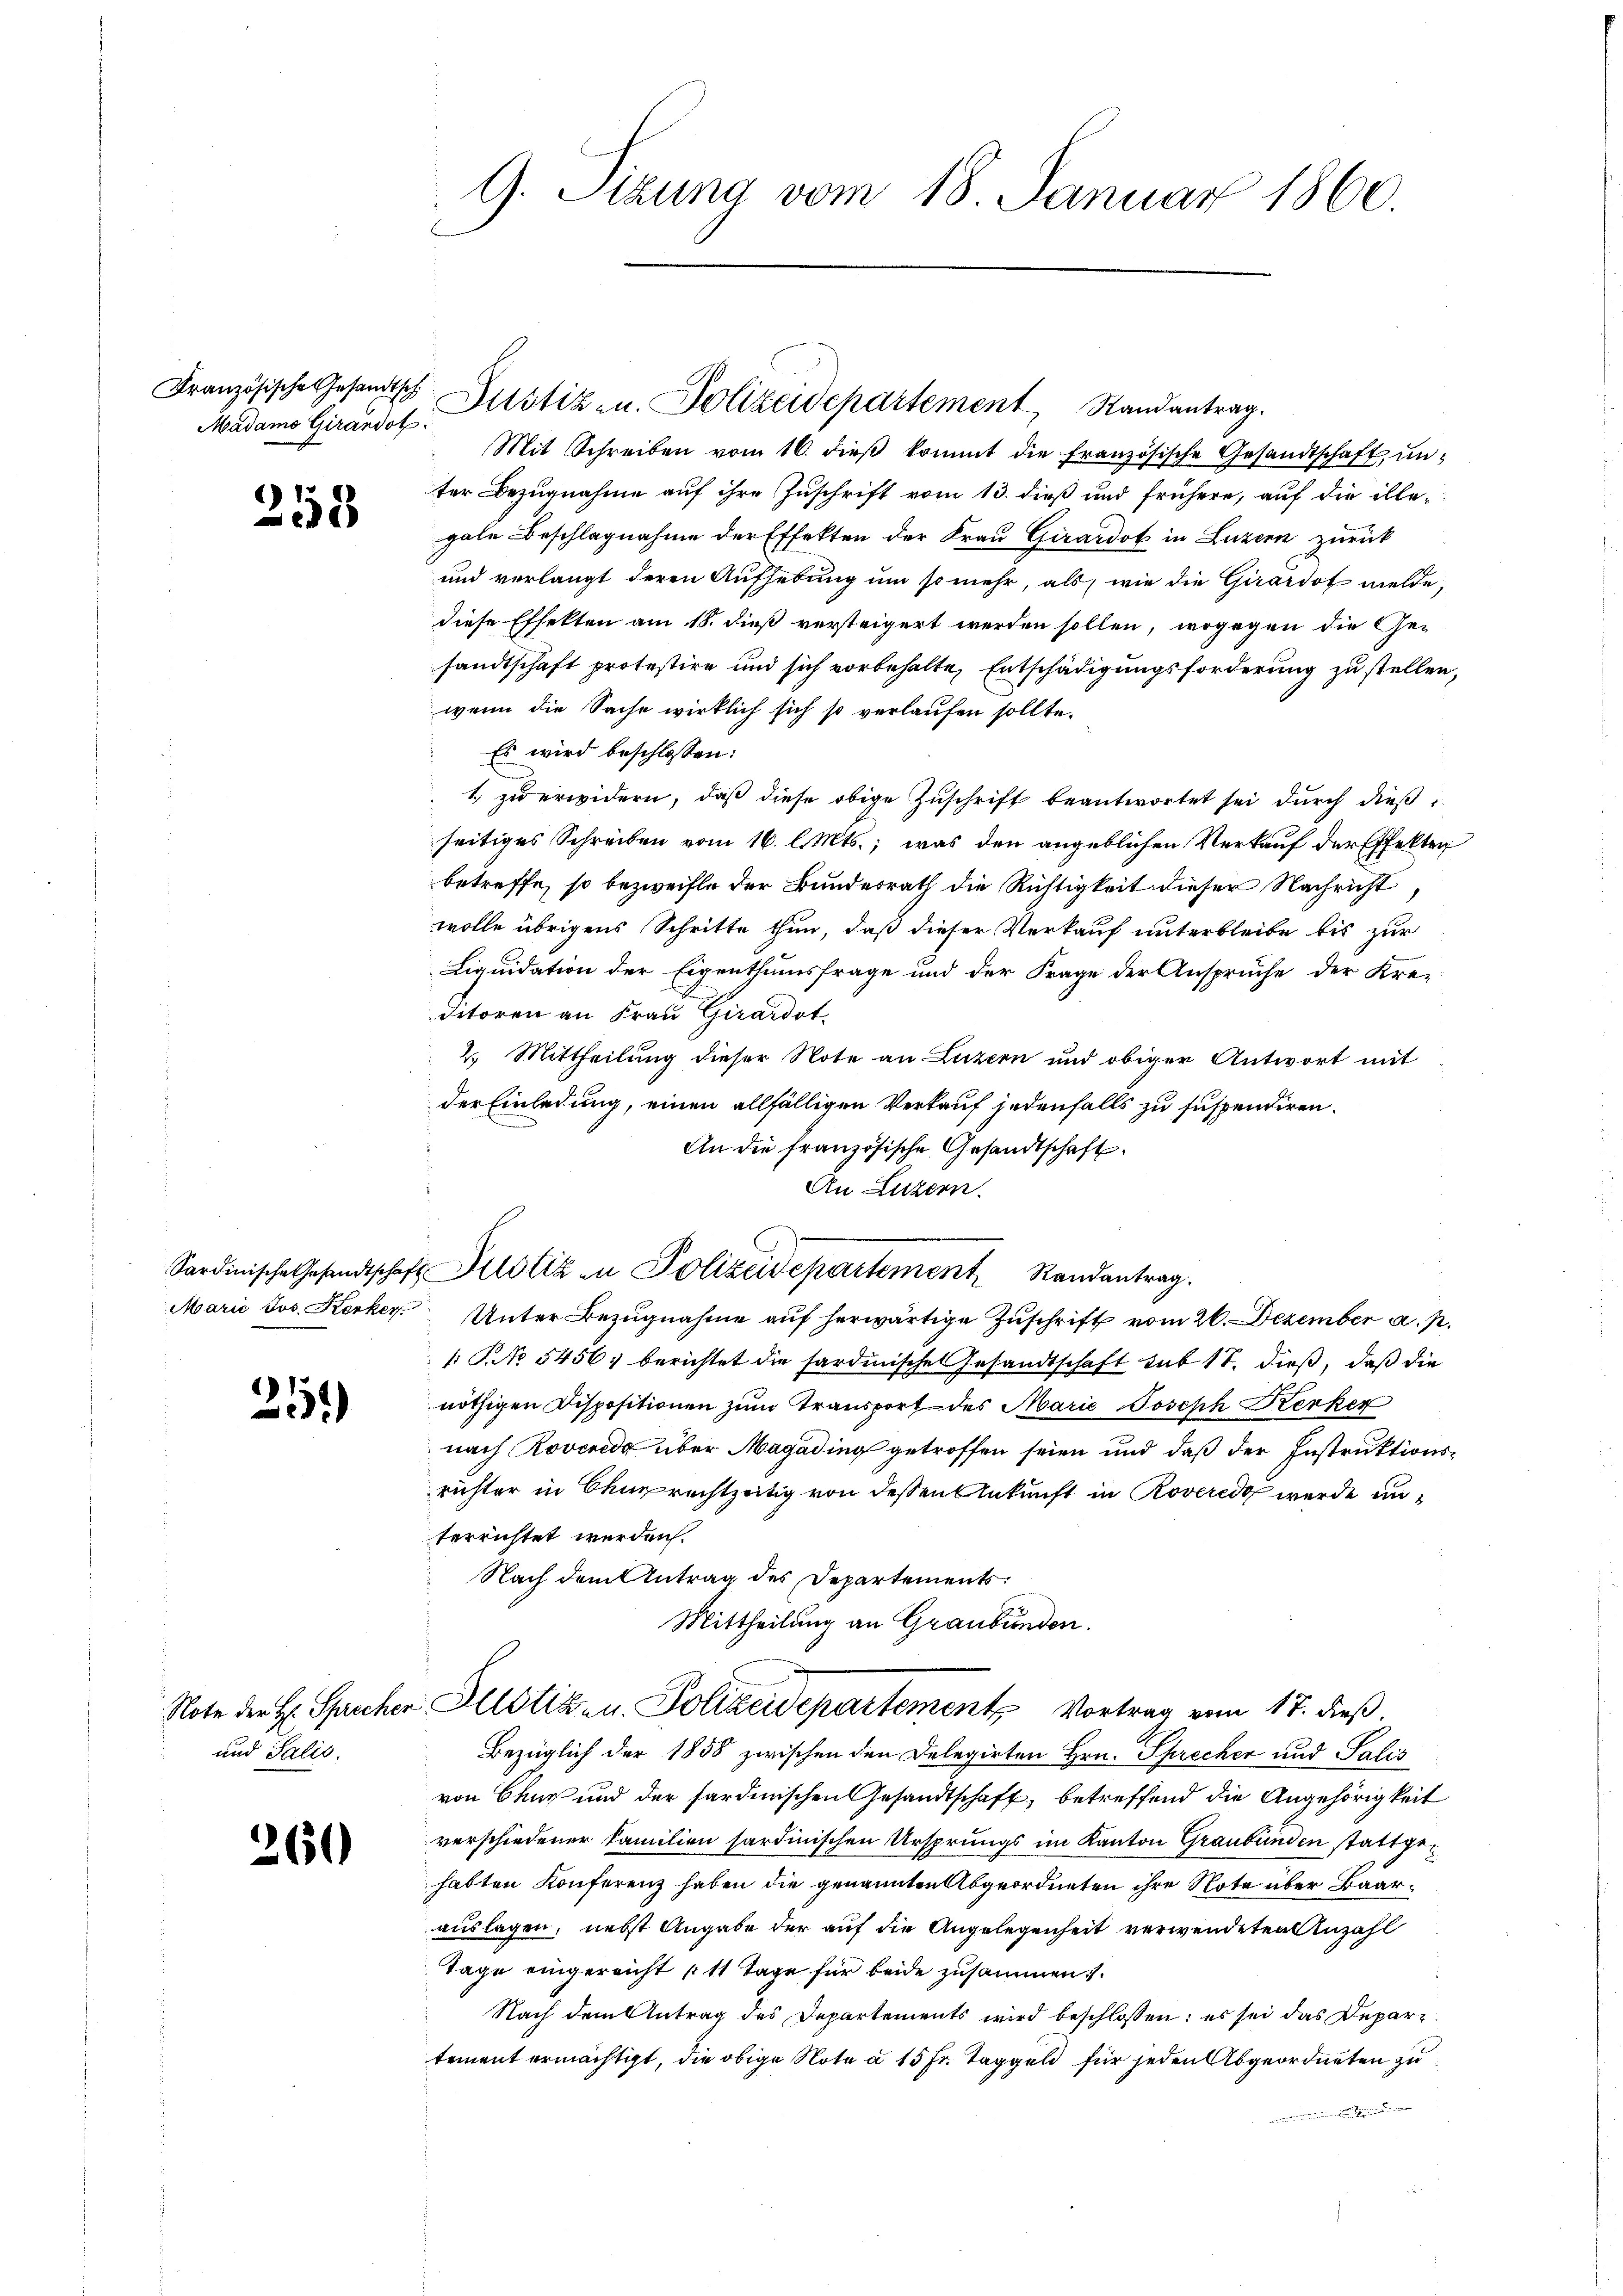
Französische Gesandtsch
Madamo Girandob

218

12
:

und Talić.

260

9. Sizung vom 18. Januar 1860.

Marie Jos. Kerker

Mit Schreiben vom 16. dieβ kommt die französische Gesandtschaft, unter Bezugnahme auf ihre Zuschrift vom 13. dieß und frühere, auf die illegale Beschlagnahme der Effekten der Frau Girardof in Luzern zurück
und verlangt deren Aufhebung um so mehr, als wie die Girardot melde,
diese Effekten am 18. dieß versteigert werden sollen, wogegen die Ge-
sandtschaft protestire und sich vorbehalte, Entschädigungsforderung zu stellen,
wenn die Sache wirklich sich so verlaufen sollte.
Es wird beschlossen:
1. zu erwidern, daß diese obige Zuschrift beantwortet sei durch dießseitiges Schreiben vom 16. l. Mts., was den angeblichen Verkauf der Effekten
betreffe, so bezweifle der Bundesrath die Richtigkeit dieser Nachricht
wolle übrigens Schritte thun, daß dieser Verkauf unterbleibe bis zur
Liquidation der Eigenthumsfrage und der Frage der Ansprüche der Kre-
ditoren an Frau Girardst
2. Mittheilung dieser Note an Luzern und obiger Antwort mit
der Einladung, einen allfälligen Verkauf jedenfalls zu suspendiren.
An die französische Gesandtschaft
An Luzern.
Sardinische Gesandtschaft Klotiz in Polizeidepartement Randantrag.
Unter Bezugnahme auf herwärtige Zuschrift vom 26. Dezember a. p.
1: P. No 5456, berichtet die sardinische Gesandtschaft sub 18. dieß, daß die
nöthigen Dispositionen zum Transport des Marie Joseph Kerker
nach Roverede über Magading getroffen seien und daß der Instruktionsrichter in Churrechtzeitig von dessen Ankunft in Roverede wurde unterrichtet werden.
Nach dem Antrag des Departements.
Mittheilung an Graubünden.

Justiz- u. Polizeidepartement Randantrag.

Note der H. Sprecher Altstiz- u. Polizeidepartement Vortrag vom 17. dieß.

Bezüglich der 1858 zwischen den Delegirten Hrn. Sprecher und Salis
von Chur und der sardinischen Gesandtschaft, betreffend die Angehörigkeit
verschiedener Familien sardinischen Ursprungs im Kanton Graubünden stattgehabten Konferenz haben die genannten Abgeordneten ihre Note über Baarauslagen, nebst Angabe der auf die Angelegenheit verwendeten Anzahl
Tage eingereicht (11 Tage für beide zusammen:
Nach dem Antrag des Departements wird beschlossen: es sei das Departement ermächtigt, die obige Note a 15 Fr. Taggeld für jeden Abgeordneten zu
n den eine